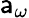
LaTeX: \mathsf{a}_{\omega}